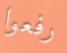
رفعوا